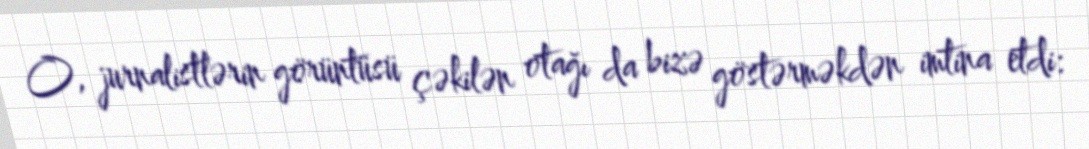
O, jurnalistlərin görüntüsü çəkilən otağı da bizə göstərməkdən imtina etdi: